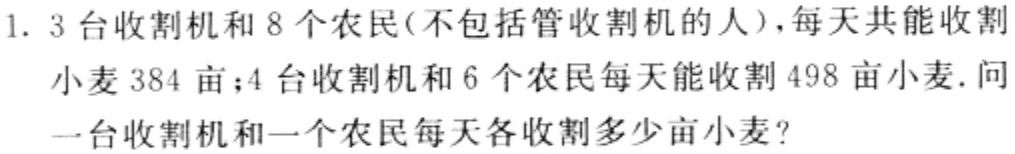
1. 3台收割机和8个农民(不包括管收割机的人),每天共能收割
小麦384亩；4台收割机和6个农民每天能收割498亩小麦. 问
一台收割机和一个农民每天各收割多少亩小麦?